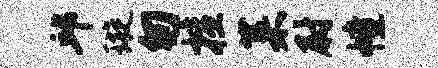
邱璇匆擅菜尉幢